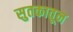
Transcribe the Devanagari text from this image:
सुतकातून